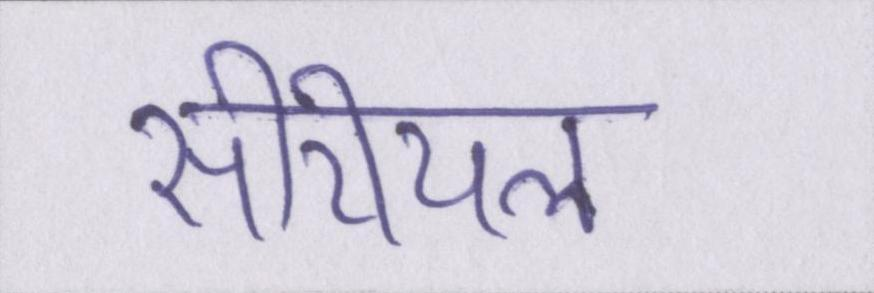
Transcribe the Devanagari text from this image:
सीरीयल